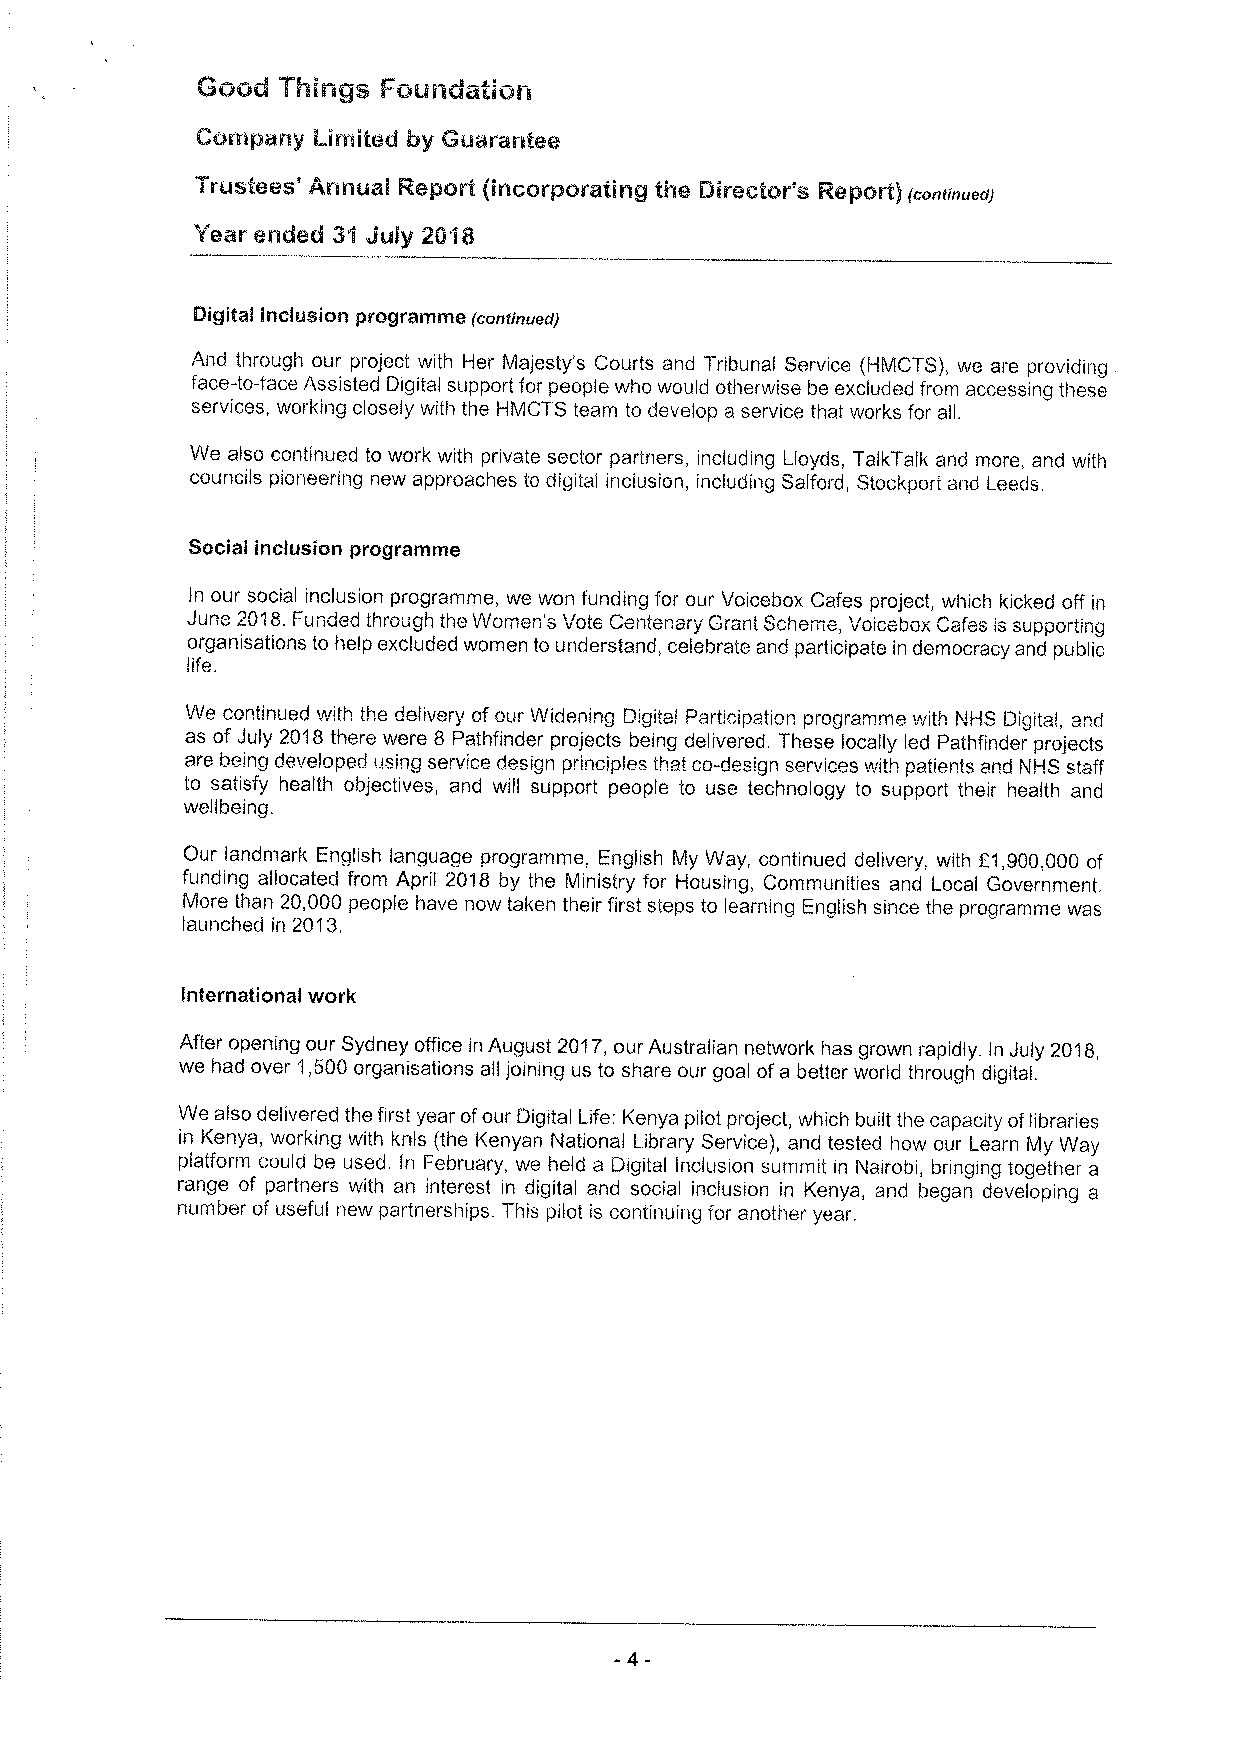
GGGd TrliliAQS FGUIlQC!!LliGti
 CGtnip!any ILir!niied iby Goeiraniee
 Tl"USteeS AAAUBI RepG!rt IIACG| pG!raIIIAQ tAe Dlilrec'tGI S RepGI t)(continued)
 '!r'eai ended 3$ Joiy 26'ia
 Digital InCluSiOn prOgramme (continued)
 And through our project with Her Majesty's Courts and Tribunal Service (HMCTS}, we are providing
 face-to-face Assisted Digital support for people who would otherwise be excluded from accessing these
 services, working closely with the HMCTS team to develop a service that works for all.
 We also continued to work with private sector partners, including Lloyds, TalkTalk and more, and with
 councils pioneering new approaches to digital inclusion, inciuding Salford, Stockport and Leeds.
 Social inclusion programme
 In our social inclusion programme, we won funding for our Voicebox Cafes project, which kicked off in
 June 2018.Funded through the Women's Vote Centenary Grant Scheme, Voicebox Cafes is supporting
 organisations to help excluded women to understand, celebrate and participate in democracy and public
 life.
 We continued v!!th the delivery of our Widening Digital Participation programme with NHS Digit I, nd
 as of July 2018 there were 8 Pathfinder projects being delivered, These locally led Pathfinder projects
 are be!ng developed using service design princ!p!es that co-des!gn services with patients and NHS stat'f
 to satisfy health objectives, and will support people to use technology to support their health and
 wellbeing.
 Our landmark English languaqe programme. English My Way, continued delivery, with E1,900,000 of
 funding allocated from April 2018 by the Ministry for Housing, Communities and Local Government.
 More than 20,000 people have now taken their first steps to learninq Enqlish since the proqramme was
 launched in 2013.
 International work
 After opening our Sydney office in August 2017, our Australian network has grown rapidly. In July 2018,
 we had over 1,500 organisations all joining us to share our goal ofa better world through digital.
 We also delivered the first year ofour Digital Life: Kenya pilot project, which built the capacity oflibraries
 in Kenya, working with knls (the Kenyan National Library Service), and tested how our Learn My Way
 piatform could be used. In February, we held a Digital Inclusion summit in Nairobi, bringing together a
 range of partners with an interest in digital and social inclusion in Kenya, and began developing a
 number of useful new partnerships. This pilot is continuing for another year,
 -4-